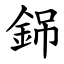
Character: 銱